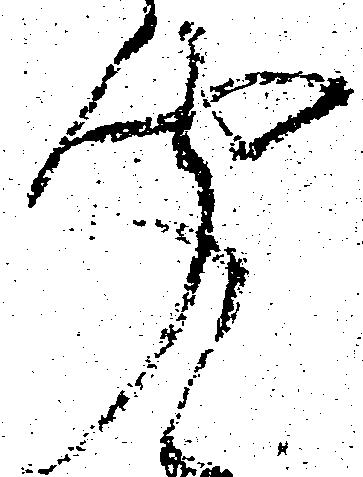
聞